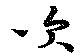
吹